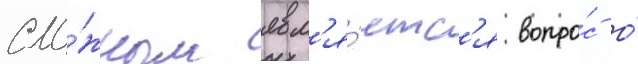
сло́жным явл'я́етс'я вопро́с о́